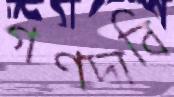
গণদাবি